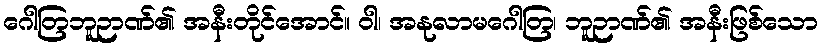
ဂေါတြဘူဉာဏ်၏ အနီးတိုင်အောင်။ ဝါ၊ အနုလာမဂေါတြ၊ ဘူဉာဏ်၏ အနီးဖြစ်သော